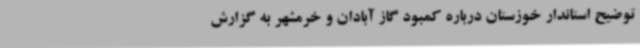
توضیح استاندار خوزستان درباره کمبود گاز آبادان و خرمشهر به گزارش